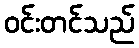
ဝင်းတင်သည်